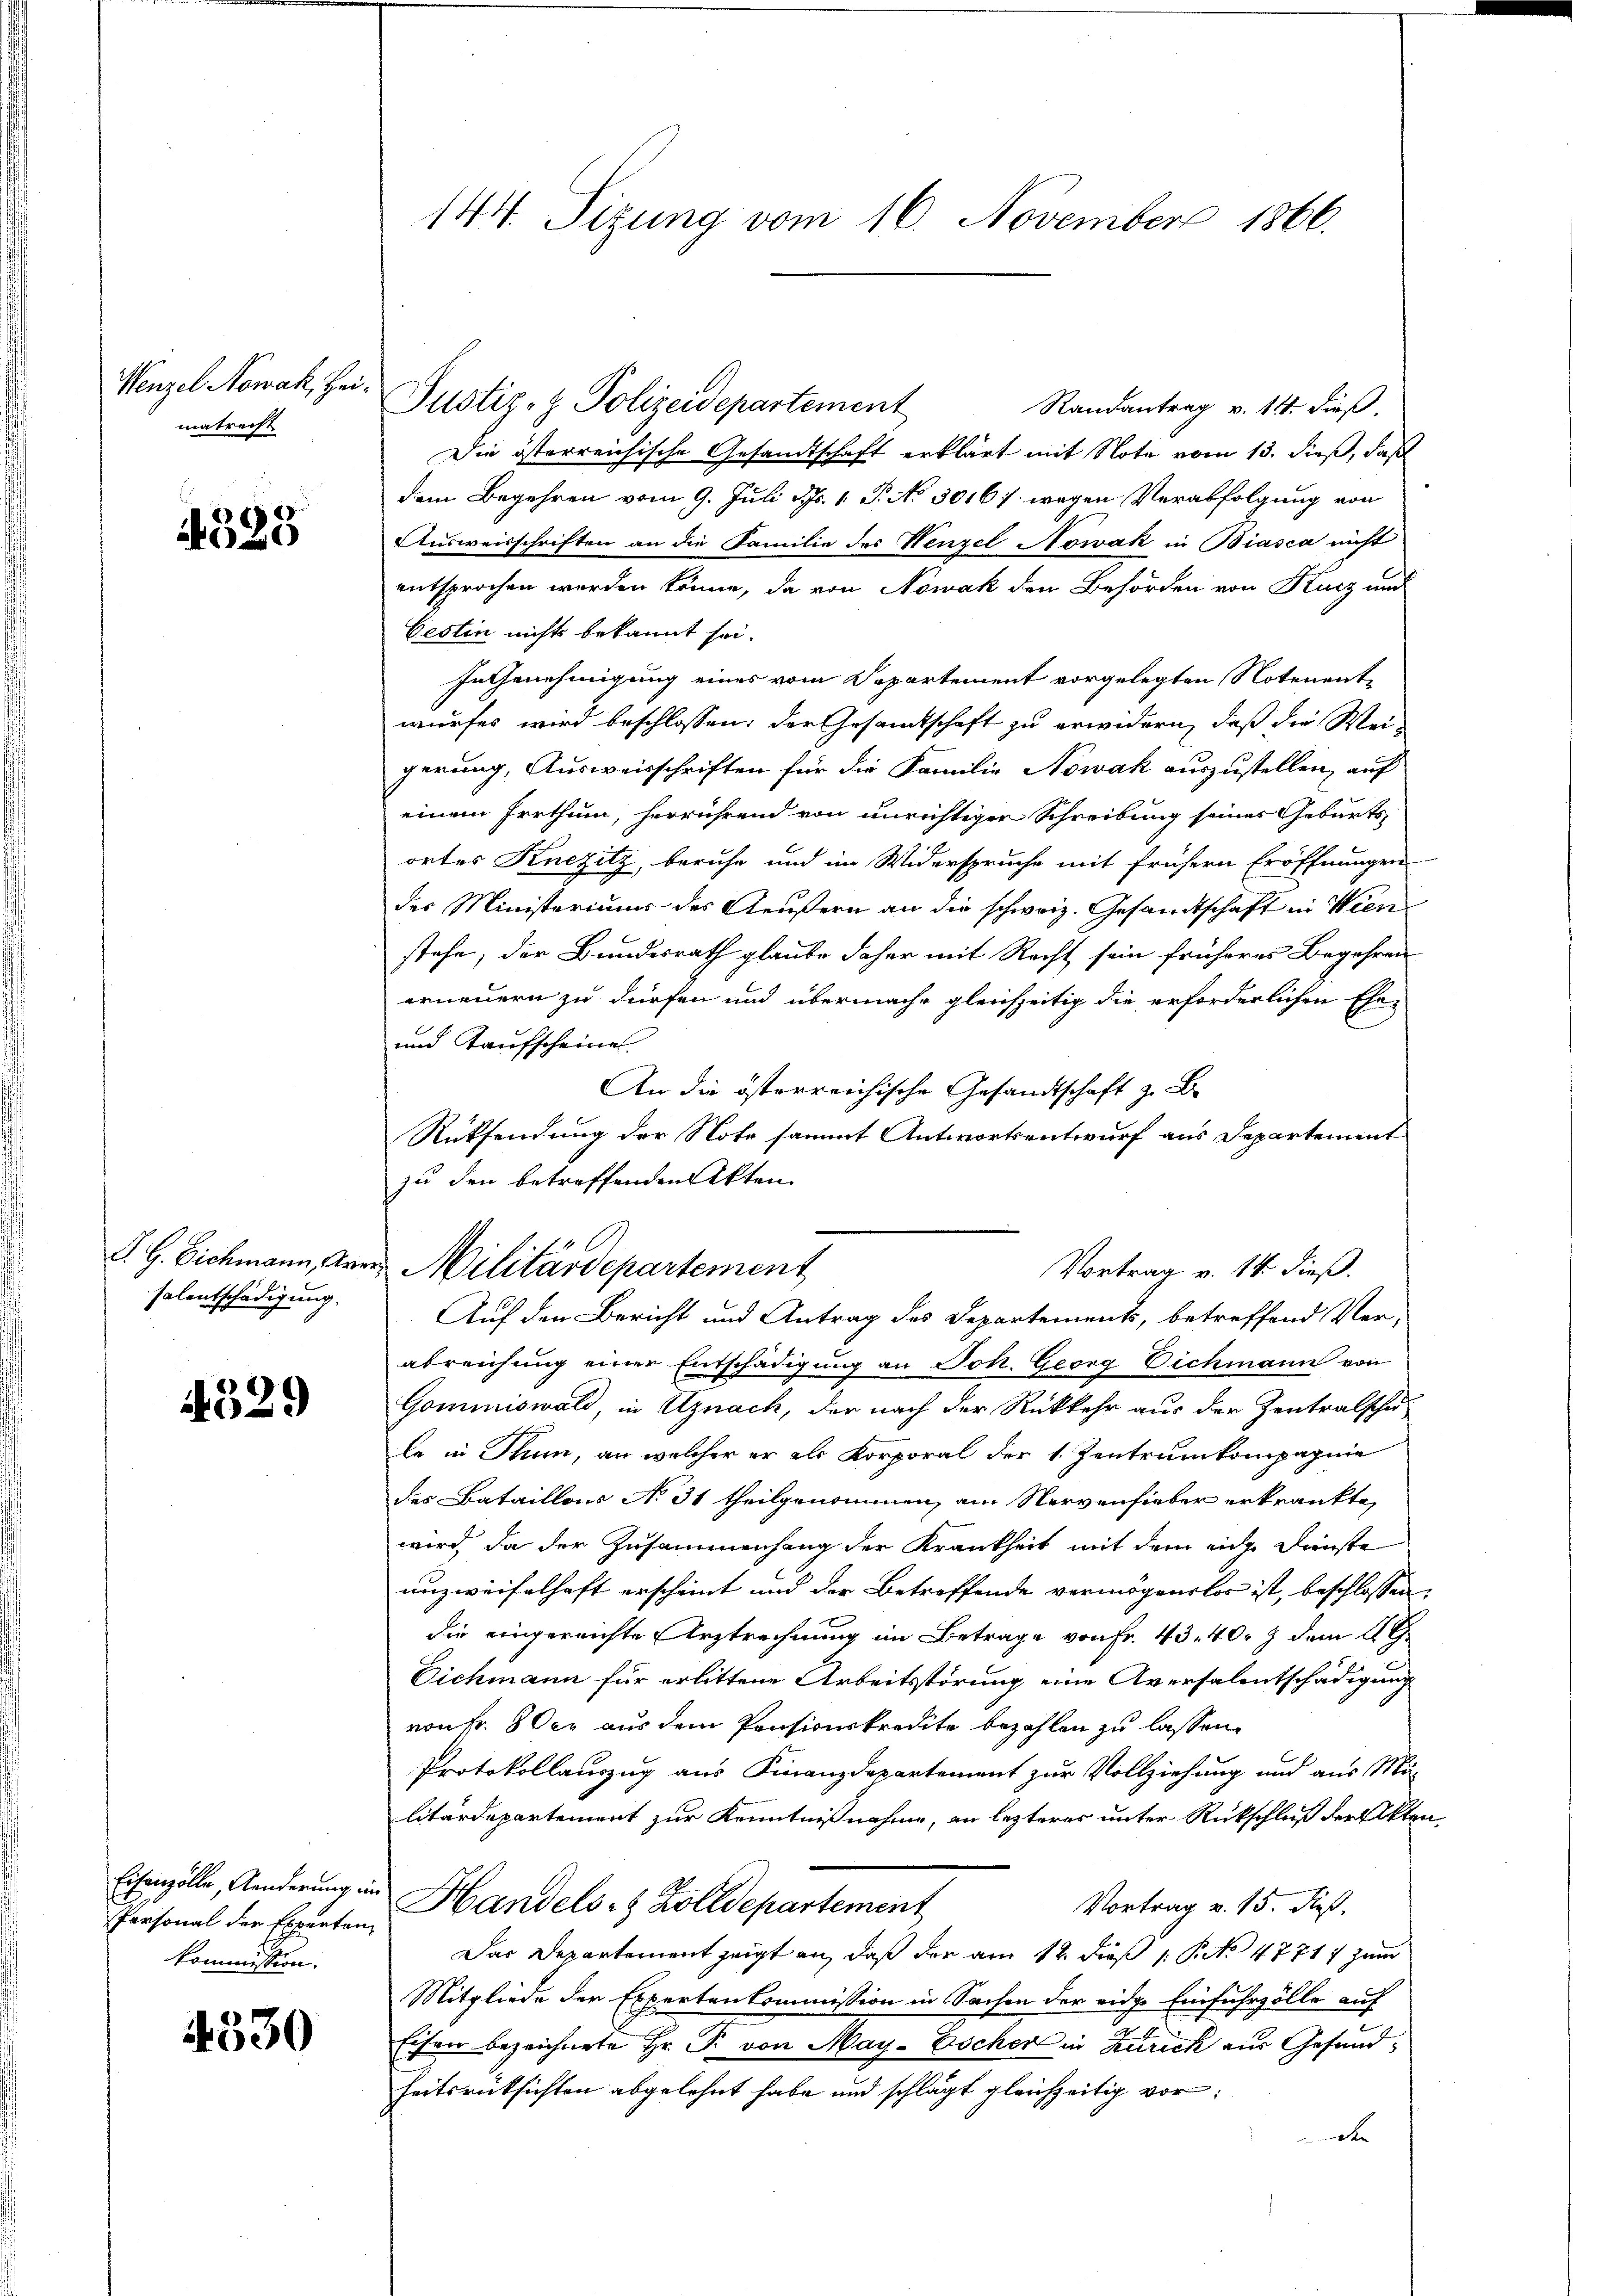
Wenzel Nowak, Hei
matrecht

4325

P. G. Eichmann, Ar
salentschädigung.

1529

Echanzolle, Anderung in
Personal der Experten
kommission.

4330

144. Sizung vom 16. November 1866.

Justiz- & Polizeidepartement

Randantrag v. 14. dieß.
Die österreichische Gesandtschaft erklärt mit Note vom 13. dieß, daß
dem Begehren vom 9. Juli d. 1. P. No 30167. wegen Verabfolgung von
Ausweisschriften an die Familie des Henzel Nowak in Biasca nicht
entsprochen werden könne, da von Nowak den Behörden von Kurz und
Bestin nichts bekannt sei.
In Genehmigung eines vom Departement vorgelegten Notenentwurfes wird beschlossen, der Gesamtschaft zu erwidern, daß die Weigerung, Ausweisschriften für die Familie Nowak auszustellen, auf
einem Irrthum, herrührend von unrichtigen Schreibung seiner Geburts
ortes Knezilz, beruhe und im Widerspruche mit frühern Eröffnungen
des Ministeriums des Aeußern an die schweiz. Gesandtschaft in Wien
stehe; der Bundesrath glaube daher mit Recht sein früheres Begehren
erneuern zu dürfen und übermache gleichzeitig die erforderlichen Ehe-
und Taufscheines
An die österreichische Gesandtschaft z. B.
Rücksendung der Note sammt Antwortsentwurf aus Departement
zu den betreffenden Akten.
abreichung einer Entschädigung an Joh. Georg Eichmann von
Gommiswald, in Uznach, der nach der Rückkehr aus der Zentralscha
le in Thun, an welcher er als Korporal der 1. Zentrumkompagnie
des Bataillons No 31 theilgenommen, ain Nervenfieber erkränkte,
wird, da der Zusammenhang der Krankheit mit dem eid. Dienste
unzweifelhaft erscheint und der Betreffende vermögenslos ist, beschlossen,
die eingereichte Arztrechnung im Betrage von Fr. 43. 40. 7 dem 4. G.
Eichmann für erlittene Arbeitsstörung eine Aversalentschädigung
von Fr. 8 der aus dem Pensionskredite bezahlen zu lassen.
Protokollauszug aus Finanzdepartement zur Vollziehung und aus Mä-
litärdepartement zur Kenntnißnahme, an lezterer unter Rückschluß der Akten
Handels- & Zolldepartement
Vortrag v. 15. dieß.
Das Departement zeigt an, daß der am 12. dieß 1 S. 47717 zum
Mitgliede der Expertenkommission in Sachen der eidge Einfuhrzölle auf
Eisen bezeichnete Hr. P. von May-Escher in Zurick aus Gesundheitsrücksichten abgelehnt habe und schlägt gleichzeitig vorde

Militärdepartement
Vortrag v. 14. dieß.
Auf den Bericht und Antrag des Departements, betreffend Ver-